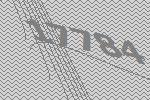
17784